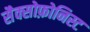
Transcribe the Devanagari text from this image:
सैक्सोफ़ोनिस्ट